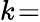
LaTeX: k\! =